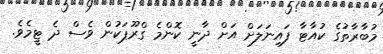
މުބާރާތުގެ ކުއާޓާ ފައިނަލަށް އަށް ދާނީ ކޮންމެ ގްރޫޕަކުން ވެސް ދެ ޓީމެވެ.